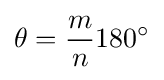
\theta ={\frac {m}{n}}180^{\circ }